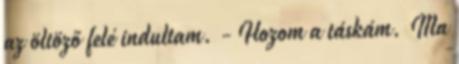
az öltöző felé indultam. - Hozom a táskám. Ma